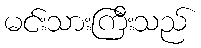
မင်းသားကြီးသည်